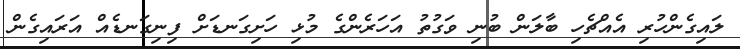
ލައިގެންހުރި އެއްޗެހި ބާލަން ބުނި ވަގުތު އަހަރެންގެ މުޅި ހަށިގަނޑަށް ފިނިގަނޑެއް އަރައިގެން